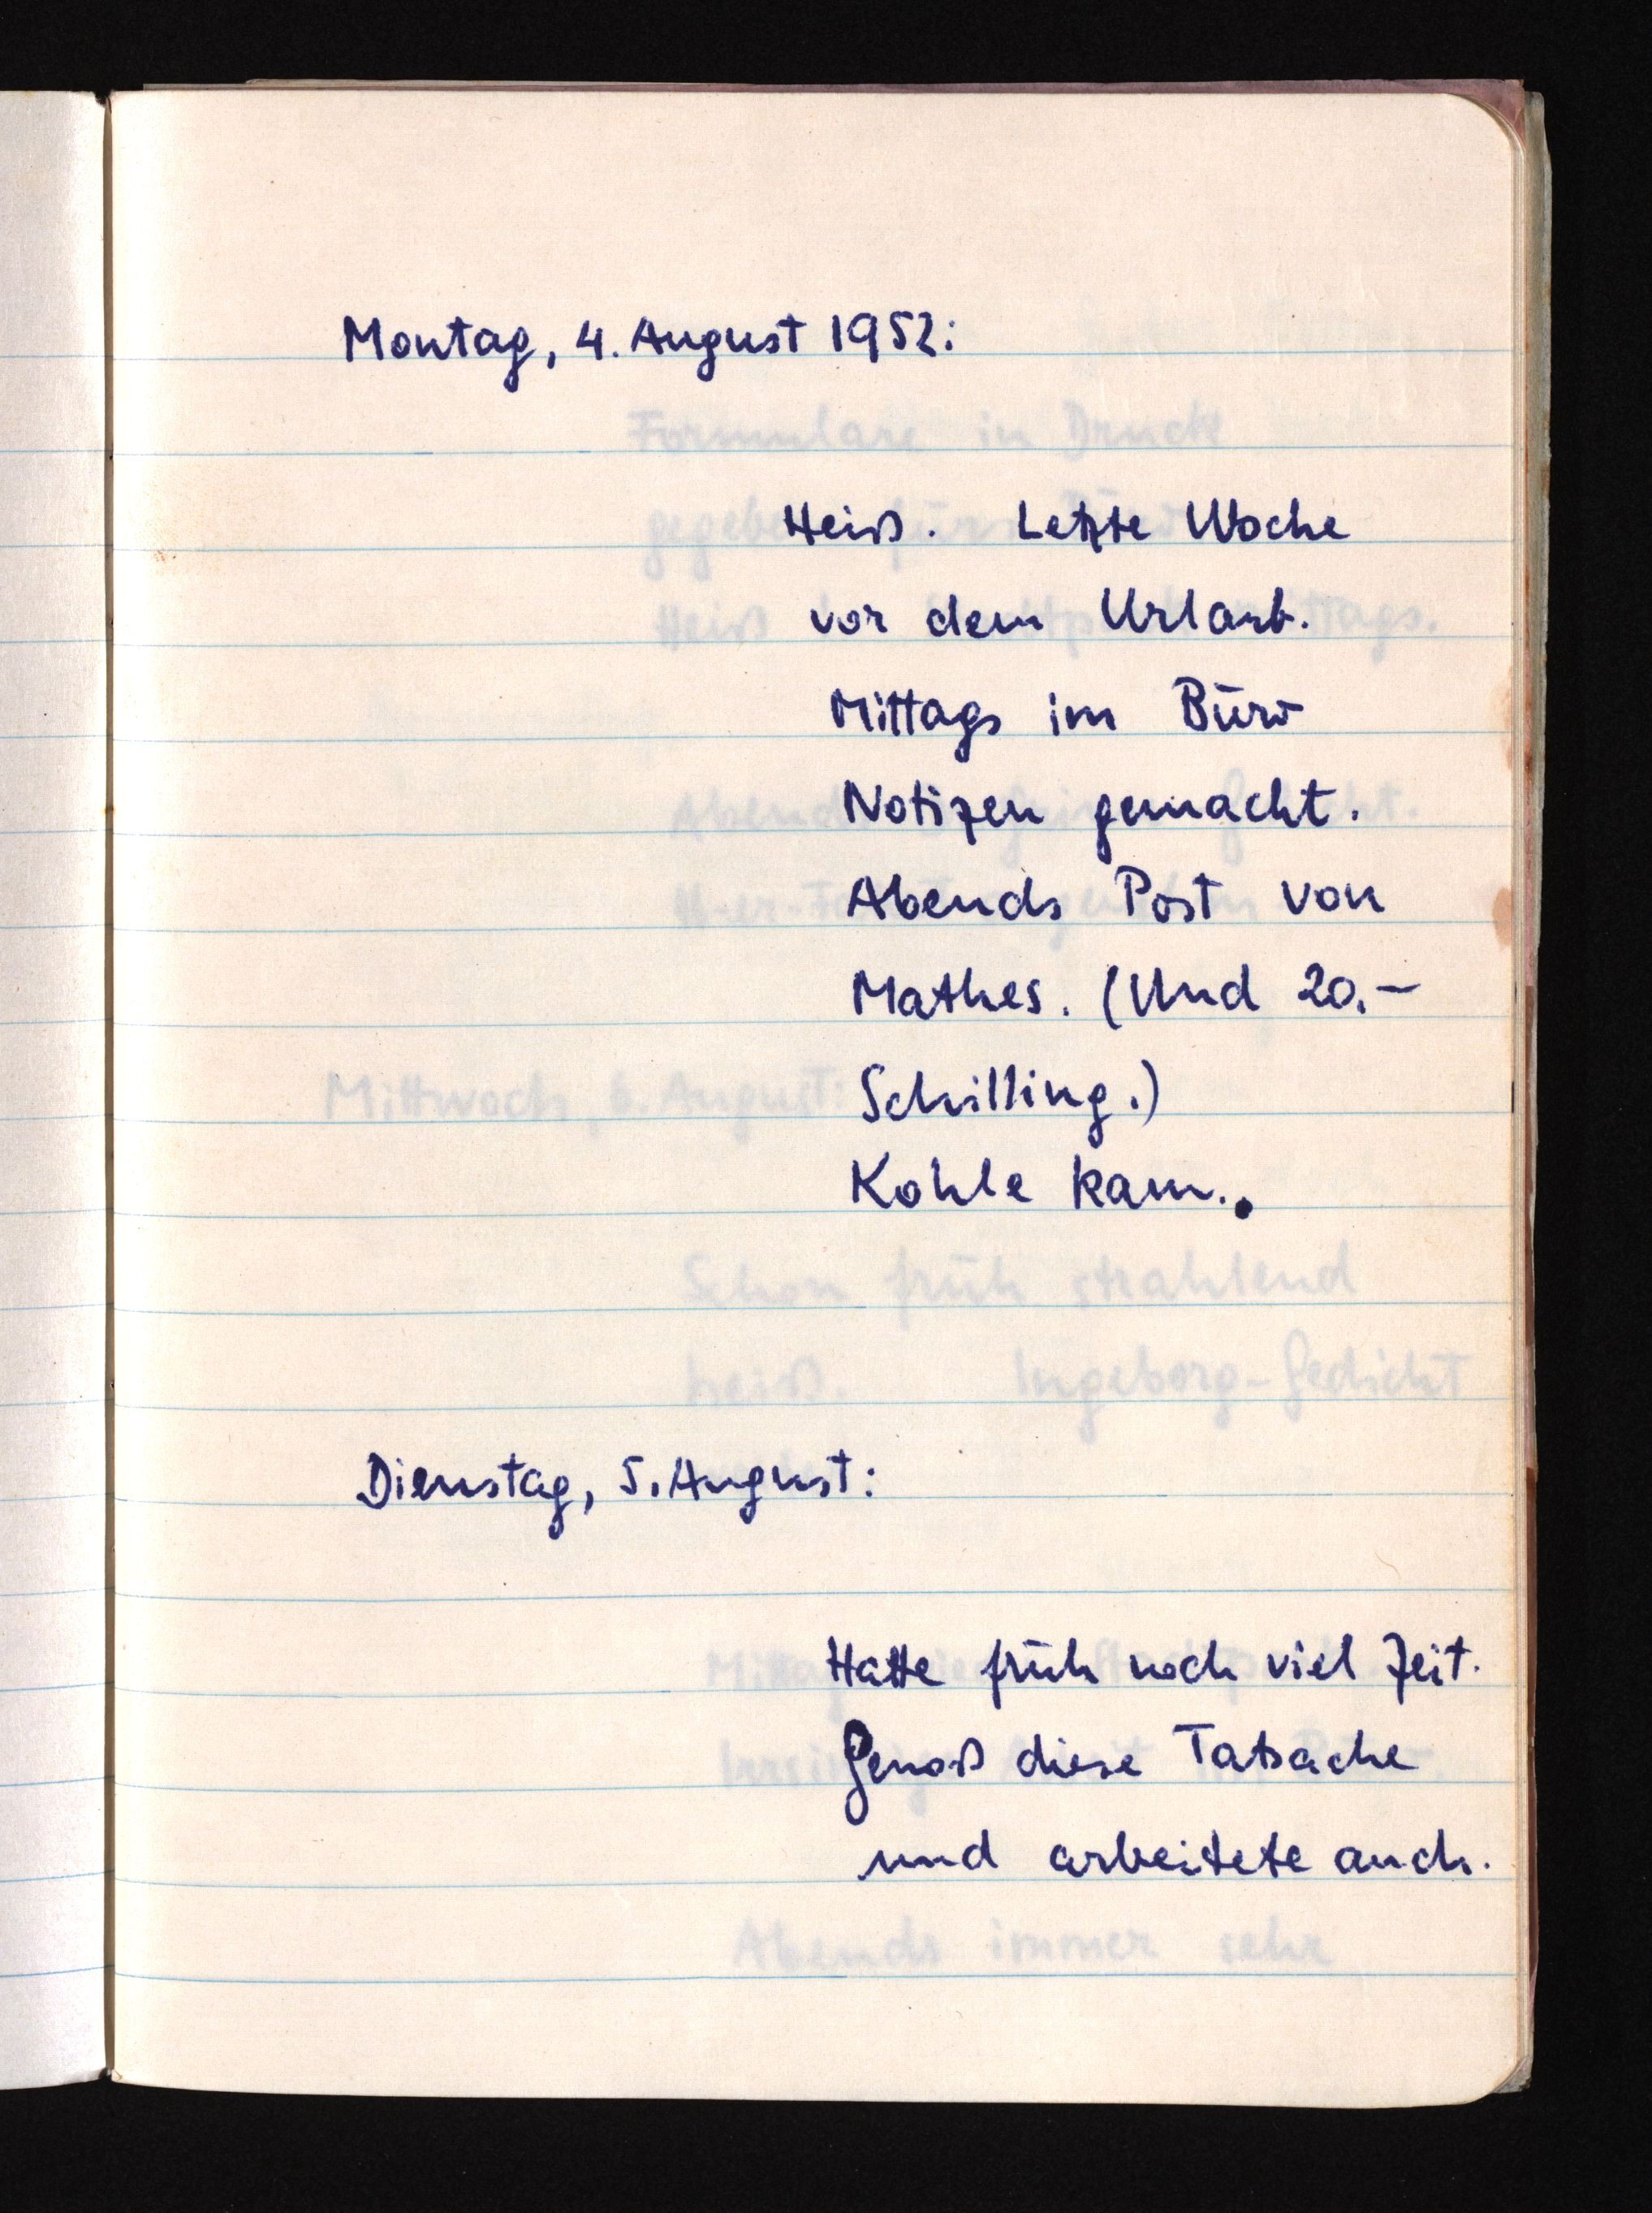
Montag, 4. August 1952:
Heiß. Letzte Woche
vor dem Urlaub.
Mittags im Büro
Notizen gemacht.
Abends Post von
Mathes. (Und 20.-
Schilling.)
Kohle kam.
Dienstag, 5. August:
Hatte früh noch viel Zeit.
Genoß diese Tatsache
und arbeitete auch.